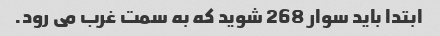
ابتدا باید سوار 268 شوید که به سمت غرب می رود.